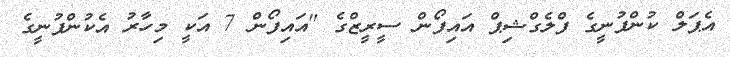
އެޕަލް ކުންފުނީގެ ފްލެގްޝިޕް އައިފޯން ސީރީޒްގެ "އައިފޯން 7 އަކީ މިހާރު އެކުންފުނީގެ